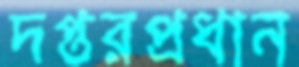
দপ্তরপ্রধান